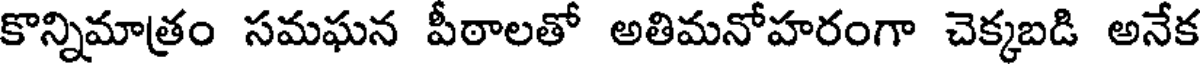
కొన్నిమాత్రం సమఘన పీఠాలతో అతిమనోహరంగా చెక్కబడి అనేక